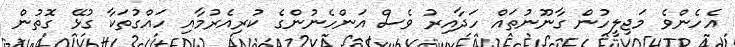
އެހެންވެ މަޖިލީހުން ގާނޫނުތައް ހަދާއިރު ވެސް އަންހެނުންގެ ކުރިއެރުމާއި ހައްގުތަކާ ގުޅޭ ގޮތުން